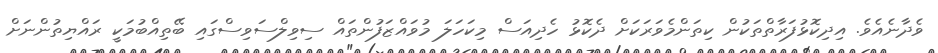
ވެދާނެއެވެ. އިދިކޮޅުފަރާތްތަކުން ކިތަންމެވަރަކަށް ދެކޮޅު ހެދިއަސް މިކަހަލަ މުވައްޒަފުންތައް ސިވިލްސަވިސްގައި ބޭތިއްބުމަކީ ރައްޔިތުންނަށް